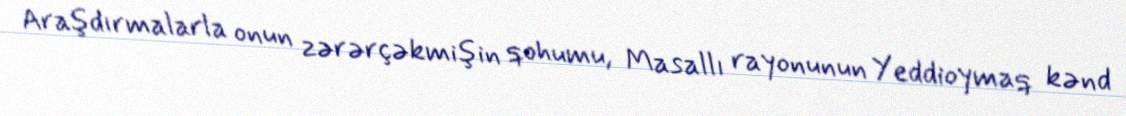
Araşdırmalarla onun zərərçəkmişin qohumu, Masallı rayonunun Yeddioymaq kənd